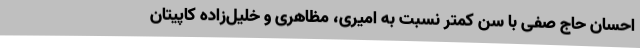
احسان حاج صفی با سن کمتر نسبت به امیری، مظاهری و خلیل‌زاده کاپیتان